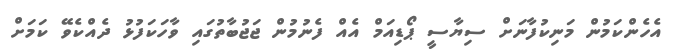
އެހެންކަމުން މަނިކުފާނަށް ސިޔާސީ ޕޯޑިއަމް އެއް ފެނުމުން ޖަޖުބާތުގައި ވާހަކަފުޅު ދެއްކެވޭ ކަމަށް